Mental hospitals Bombay report 1929-33 - 1929-1933
Year: 1929
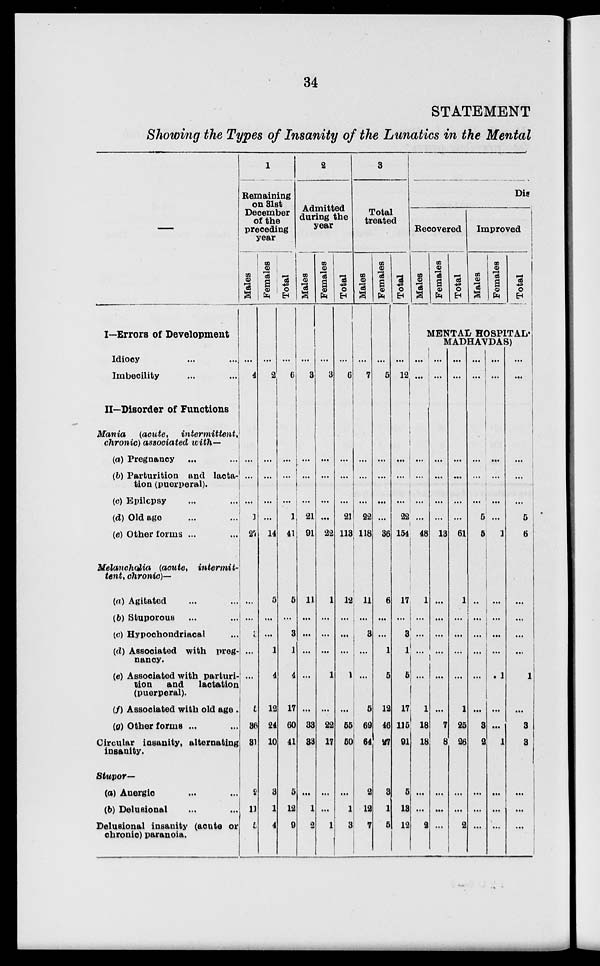
34
STATEMENT
Showing the Types of insanity of the Lunatics in the Mental
––
I—Errors of Development
Idiocy ... ...
Imbecility ... ...
II—Disorder of Functions
Mania
(acute, intermittent,
chronic) associated with—
(a) Pregnancy ... ...
(b) Parturition and lacta-
tion (puerperal).
(c) Epilepsy ... ...
(d) Old age ... ...
(e) Other forms ... ...
Melancholia (acute,
intermit-
tent, chronic)—
(a) Agitated ... ...
(b) Stuporous ... ...
(c) Hypochondriacal ...
(d) Associated with preg-
nancy.
(e) Associated with parturi-
tion
and
lactation
(puerperal).
(f) Associated with old age .
(g) Other forms ... ...
Circular insanity, alternating
insanity.
Stupor—
(a) Anergic ... ...
(b) Delusional ... ...
Delusional insanity (acute or
chronic) paranoia.
1
Remaining
on 31st
December
of the
preceding
year
Males
...
4
...
...
...
1
27
...
...
...
...
5
36
31
2
11
5
Females
...
2
...
...
...
...
14
5
...
...
1
4
12
24
10
3
1
4
Total
...
6
...
...
...
1
41
5
...
3
1
4
17
60
41
5
12
9
2
Admitted
during the
year
Males
...
3
...
...
21
91
11
...
...
...
...
...
33
33
...
1
2
Females
...
3
...
...
...
...
22
1
...
...
...
1
...
22
17
...
...
1
Total
...
6
...
...
...
21
113
12
...
...
...
1
...
55
50
...
1
3
3
Total
treated
Males
...
7
...
...
...
22
118
11
...
3
...
...
5
69
64
2
12
7
Females
...
5
...
...
...
...
36
6
...
...
1
5
12
46
27
3
1
5
Total
...
12
...
...
...
22
154
17
...
3
1
5
17
115
91
5
18
12
Dis
Recovered
Males
Females
Total
Improved
Males
Females
Total
MENTAL HOSPITAL
MADHAVDAS)
...
...
...
...
...
48
1
...
...
1
18
18
...
...
2
...
...
...
...
...
...
13
...
...
...
...
...
...
7
8
...
...
...
...
...
...
...
...
...
61
1
...
...
...
...
1
25
26
...
...
2
...
...
...
...
5
5
...
...
...
...
...
...
3
2
...
...
...
...
...
...
...
...
...
1
...
...
...
1
...
...
1
...
...
...
...
...
...
...
...
1
5
6
...
...
...
1
...
3
3
...
...
...